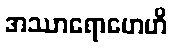
အဿာရောဟေဟိ